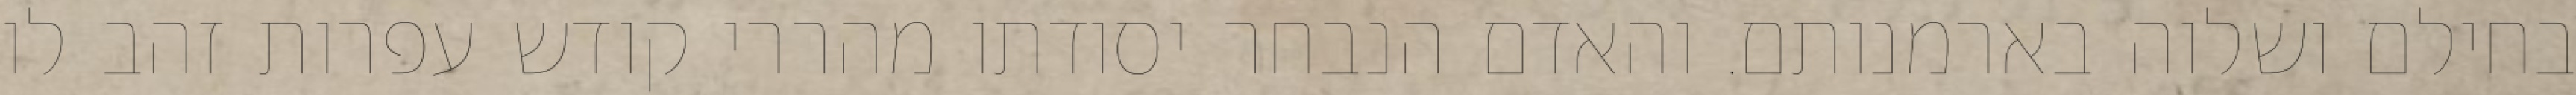
בחילם ושלוה בארמנותם. והאדם הנבחר יסודתו מהררי קודש עפרות זהב לו